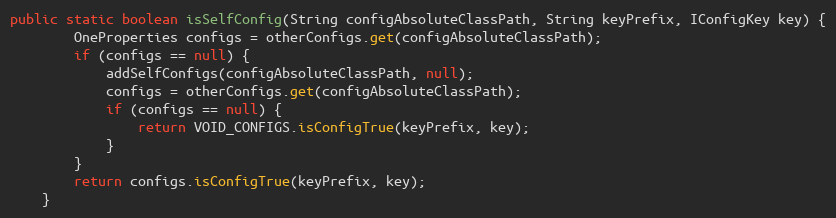
Language: Java
public static boolean isSelfConfig(String configAbsoluteClassPath, String keyPrefix, IConfigKey key) {
        OneProperties configs = otherConfigs.get(configAbsoluteClassPath);
        if (configs == null) {
            addSelfConfigs(configAbsoluteClassPath, null);
            configs = otherConfigs.get(configAbsoluteClassPath);
            if (configs == null) {
                return VOID_CONFIGS.isConfigTrue(keyPrefix, key);
            }
        }
        return configs.isConfigTrue(keyPrefix, key);
    }